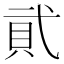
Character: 貮